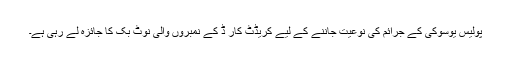
پولیس یوسوکی کے جرائم کی نوعیت جاننے کے لیے کریڈٹ کار ڈ کے نمبروں والی نوٹ بک کا جائزہ لے رہی ہے۔